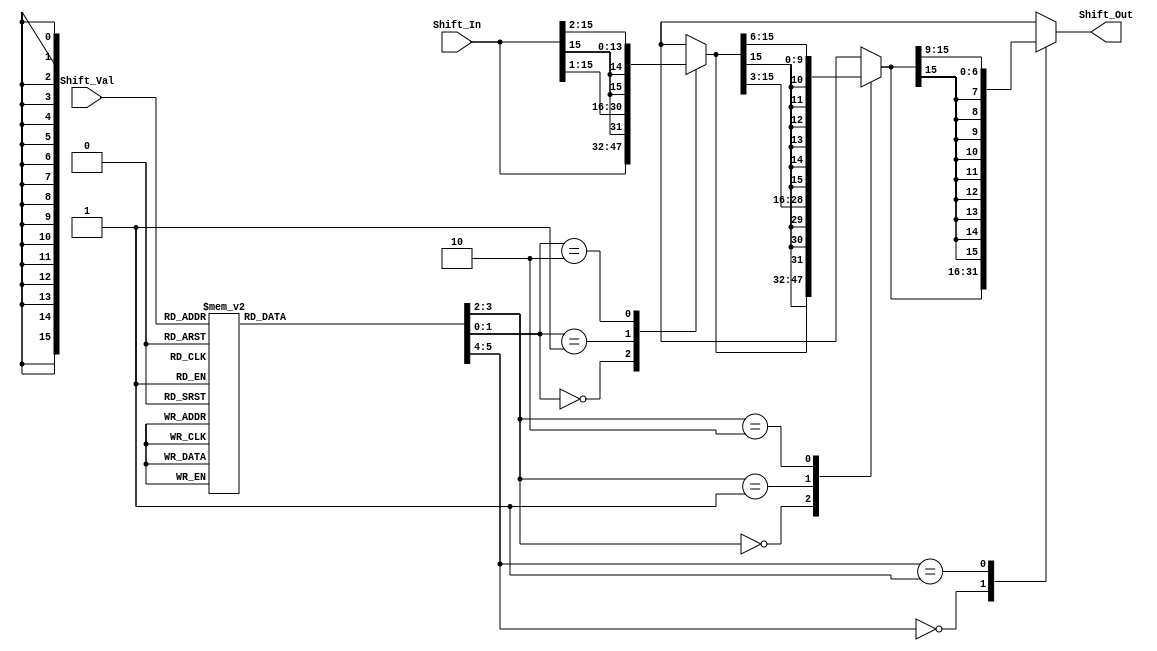
module SRA (Shift_Out, Shift_In, Shift_Val);
input [15:0] Shift_In; // This is the input data to perform shift operation on
input [3:0] Shift_Val; // Shift amount (used to shift the input data)
output reg [15:0] Shift_Out; // Shifted output data

reg [5:0] amt;
reg [15:0] out_int, out_int2;

always @(*) begin 

	case(Shift_Val)
		4'h0	: amt = 6'b000000;
		4'h1	: amt = 6'b000001;
		4'h2	: amt = 6'b000010;
		4'h3	: amt = 6'b000100;
		4'h4	: amt = 6'b000101;
		4'h5	: amt = 6'b000110;
		4'h6	: amt = 6'b001000;
		4'h7	: amt = 6'b001001;
		4'h8	: amt = 6'b001010;
		4'h9	: amt = 6'b010000;
		4'hA	: amt = 6'b010001;
		4'hB	: amt = 6'b010010;
		4'hC	: amt = 6'b010100;
		4'hD	: amt = 6'b010101;
		4'hE	: amt = 6'b010110;
		4'hF	: amt = 6'b011000;
		default : amt = 6'hxx;
	endcase
	
	case(amt[1:0])
		2'b00	: out_int = Shift_In;
		2'b01	: out_int = {Shift_In[15],Shift_In[15:1]};
		2'b10	: out_int = {{2{Shift_In[15]}},Shift_In[15:2]};
		default	: out_int = 16'hxxxx;
	endcase
	
	case(amt[3:2])
		2'b00	: out_int2 = out_int;
		2'b01	: out_int2 = {{3{out_int[15]}},out_int[15:3]};
		2'b10	: out_int2 = {{6{out_int[15]}},out_int[15:6]};
		default	: out_int2 = 16'hxxxx;
	endcase
	
	case(amt[5:4])
		2'b00	: Shift_Out = out_int2;
		2'b01	: Shift_Out = {{9{out_int2[15]}},out_int2[15:9]};
		default	: Shift_Out = 16'hxxxx;
	endcase
	
end 
endmodule